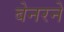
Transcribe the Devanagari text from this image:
बेनरने